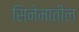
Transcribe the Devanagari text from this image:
सिनेमांतील